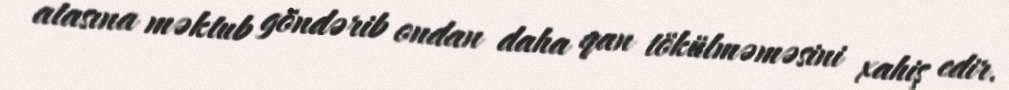
atasına məktub göndərib ondan daha qan tökülməməsini xahiş edir.